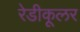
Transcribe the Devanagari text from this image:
रेडीकूलर